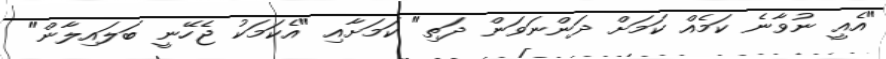
"އެއީ ނުވާނެ ކަމެއް ކަމަށް ދަންނަވަން ދަތި" ކަމަށާއި "އެކަމަކު ޖެހޭނީ ބަލައިލާން"